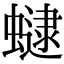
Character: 𧑔